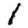
Digit: 1